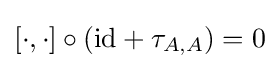
[\cdot ,\cdot ]\circ ({\operatorname {id} }+\tau _{A,A})=0